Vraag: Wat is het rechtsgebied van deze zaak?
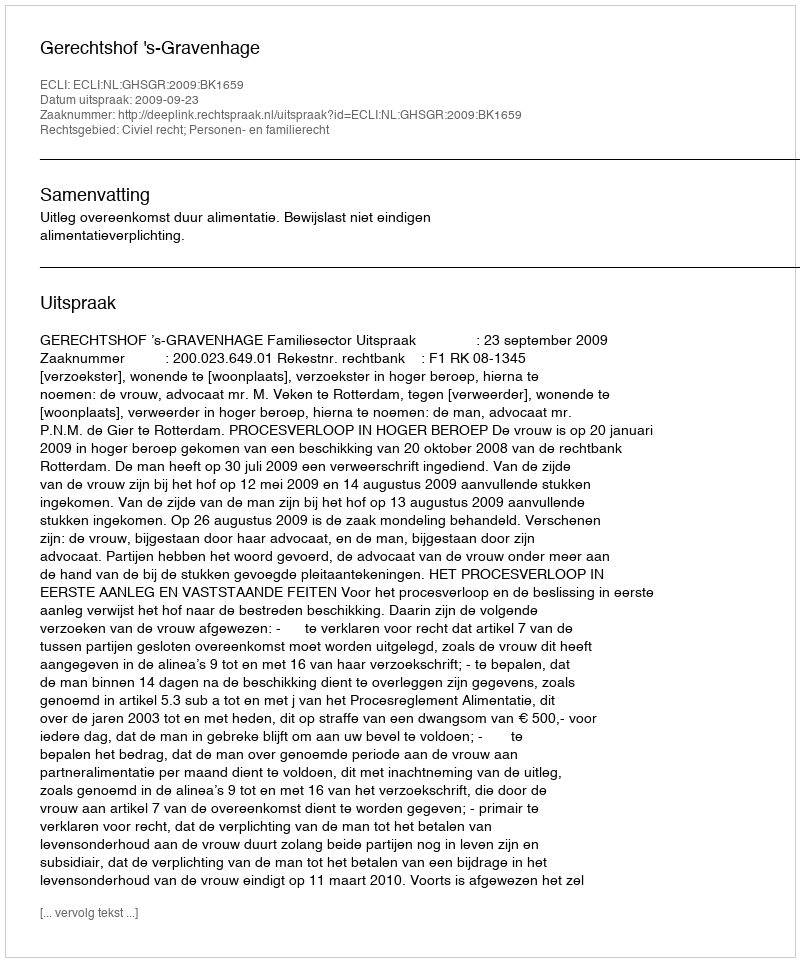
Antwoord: Civiel recht; Personen- en familierecht